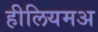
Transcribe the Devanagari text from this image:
हीलियमअ